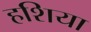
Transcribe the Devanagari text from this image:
हशिया